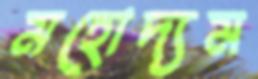
মহোদ্যম